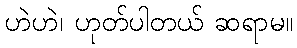
ဟဲဟဲ၊ ဟုတ်ပါတယ် ဆရာမ။